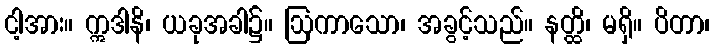
ငါ့အား။ ဣဒါနိ၊ ယခုအခါ၌။ ဩကာသော၊ အခွင့်သည်။ နတ္ထိ၊ မရှိ။ ပိတာ၊